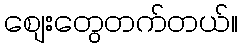
စျေးတွေတက်တယ်။